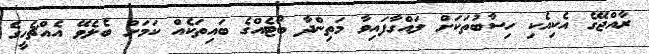
ރާއްޖޭގެ އެކިއެކި ހިސާބުތަކަށް ލައްގާފައިވާ މަތިންދާ ބޯޓެއްގެ ބައިތަކެއް ކަމަށް ބެލެވޭ އެއްޗެހީގެ